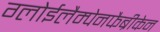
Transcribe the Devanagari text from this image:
ग्लोईलैम्पेनफैब्रीकेन